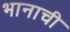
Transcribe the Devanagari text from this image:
भानाची